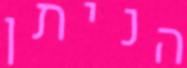
הניתן